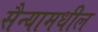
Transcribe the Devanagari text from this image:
सैन्यामधील